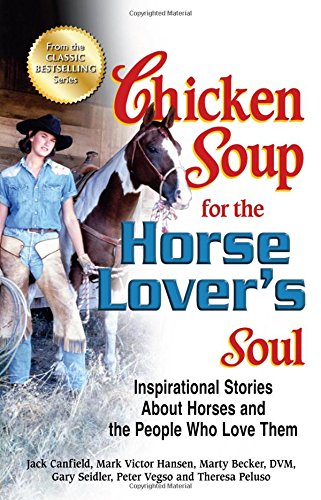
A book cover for Chicken Soup for the Horse Lover's Soul: Inspirational Stories About Horses and the People Who Love Them (Chicken Soup for the Soul); Jack Canfield; Crafts, Hobbies & Home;